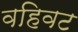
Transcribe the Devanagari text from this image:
वहिवट